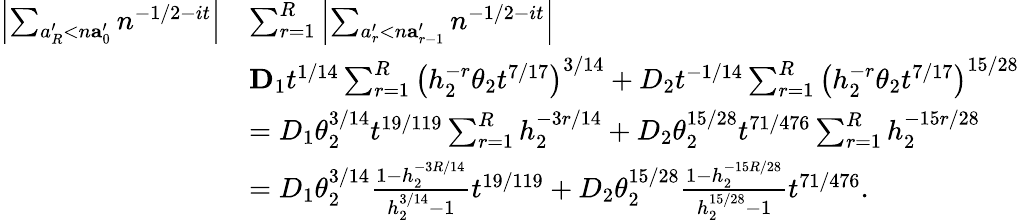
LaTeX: \begin{array}{rl}{\left|\sum_{a_{R}^{\prime}<n\le a_{0}^{\prime}}n^{-1/2-it}\right|}&{\le\sum_{r=1}^{R}\left|\sum_{a_{r}^{\prime}<n\le a_{r-1}^{\prime}}n^{-1/2-it}\right|}\\ &{\le D_{1}t^{1/14}\sum_{r=1}^{R}\left(h_{2}^{-r}\theta_{2}t^{7/17}\right)^{3/14}+D_{2}t^{-1/14}\sum_{r=1}^{R}\left(h_{2}^{-r}\theta_{2}t^{7/17}\right)^{15/28}}\\ &{=D_{1}\theta_{2}^{3/14}t^{19/119}\sum_{r=1}^{R}h_{2}^{-3r/14}+D_{2}\theta_{2}^{15/28}t^{71/476}\sum_{r=1}^{R}h_{2}^{-15r/28}}\\ &{=D_{1}\theta_{2}^{3/14}\frac{1-h_{2}^{-3R/14}}{h_{2}^{3/14}-1}t^{19/119}+D_{2}\theta_{2}^{15/28}\frac{1-h_{2}^{-15R/28}}{h_{2}^{15/28}-1}t^{71/476}.}\end{array}